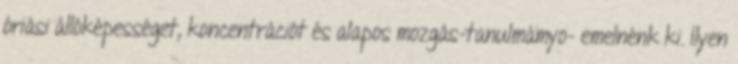
óriási állóképességet, koncentrációt és alapos mozgás-tanulmámyo- emelnénk ki. Ilyen